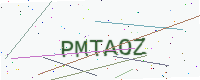
Text: PMTAOZ